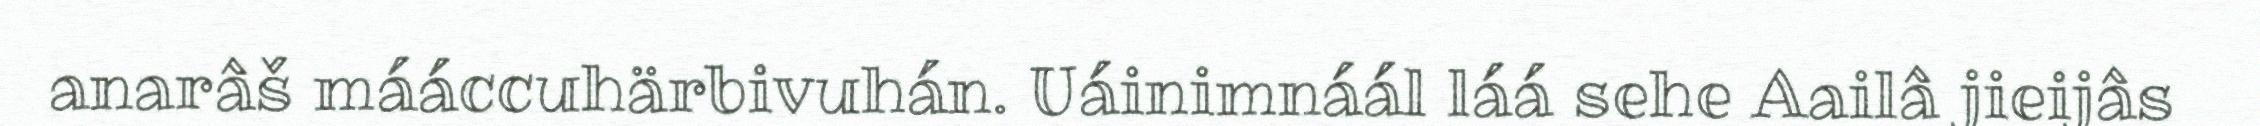
anarâš mááccuhärbivuhán. Uáinimnáál láá sehe Aailâ jieijâs